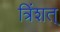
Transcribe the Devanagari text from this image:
त्रिंशत्